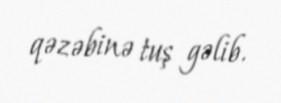
qəzəbinə tuş gəlib.